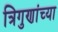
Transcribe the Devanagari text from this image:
त्रिगुणांच्या